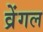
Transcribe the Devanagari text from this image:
व्रेंगल